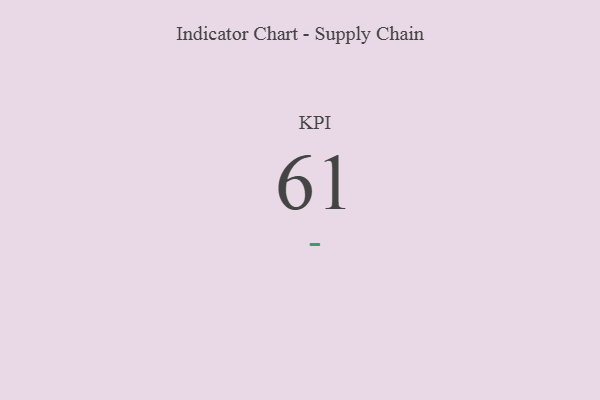
{"axis": {"x": "KPI", "y": "Value"}, "legend": [""], "data": [{"x": "KPI", "y": 61, "type": ""}]}